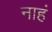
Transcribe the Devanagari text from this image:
नाहं